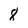
Character: 8